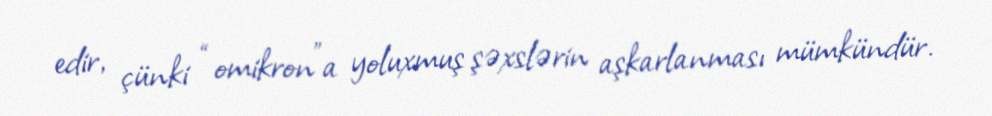
edir, çünki “omikron”a yoluxmuş şəxslərin aşkarlanması mümkündür.